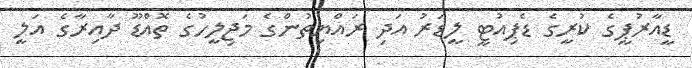
ޑީއާރުޕީގެ ކުރީގެ ޑެޕިއުޓީ ލީޑަރު އަދި ރައްޔިތުންގެ މަޖިލީހުގެ ތޮއްޑޫ ދާއިރާގެ އަލީ